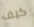
كيف